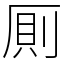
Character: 厠